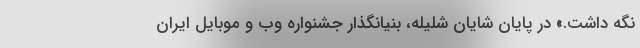
نگه داشت.» در پایان شایان شلیله، بنیانگذار جشنواره وب و موبایل ایران